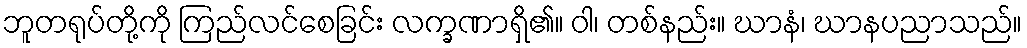
ဘူတရုပ်တို့ကို ကြည်လင်စေခြင်း လက္ခဏာရှိ၏။ ဝါ၊ တစ်နည်း။ ဃာနံ၊ ဃာနပညာသည်။